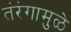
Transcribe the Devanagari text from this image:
तंरंगामुळे